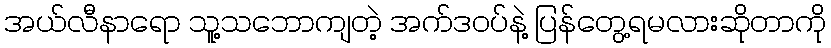
အယ်လီနာရော သူ့သဘောကျတဲ့ အက်ဒဝပ်နဲ့ ပြန်တွေ့ရမလားဆိုတာကို